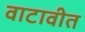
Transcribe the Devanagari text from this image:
वाटावीत